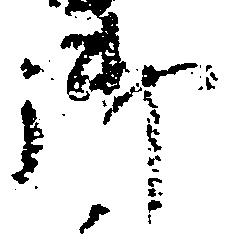
御